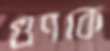
গুণকে